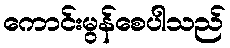
ကောင်းမွန်စေပါသည်